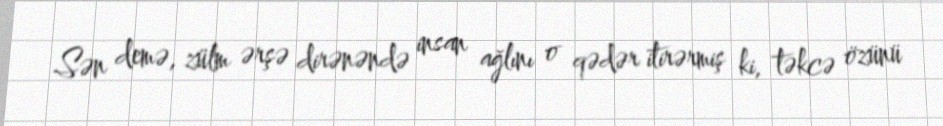
Sən demə, zülm ərşə dirənəndə insan ağlını o qədər itirərmiş ki, təkcə özünü